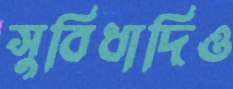
সুবিধাদিও